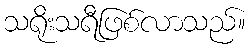
သရိုးသရီဖြစ်လာသည်။